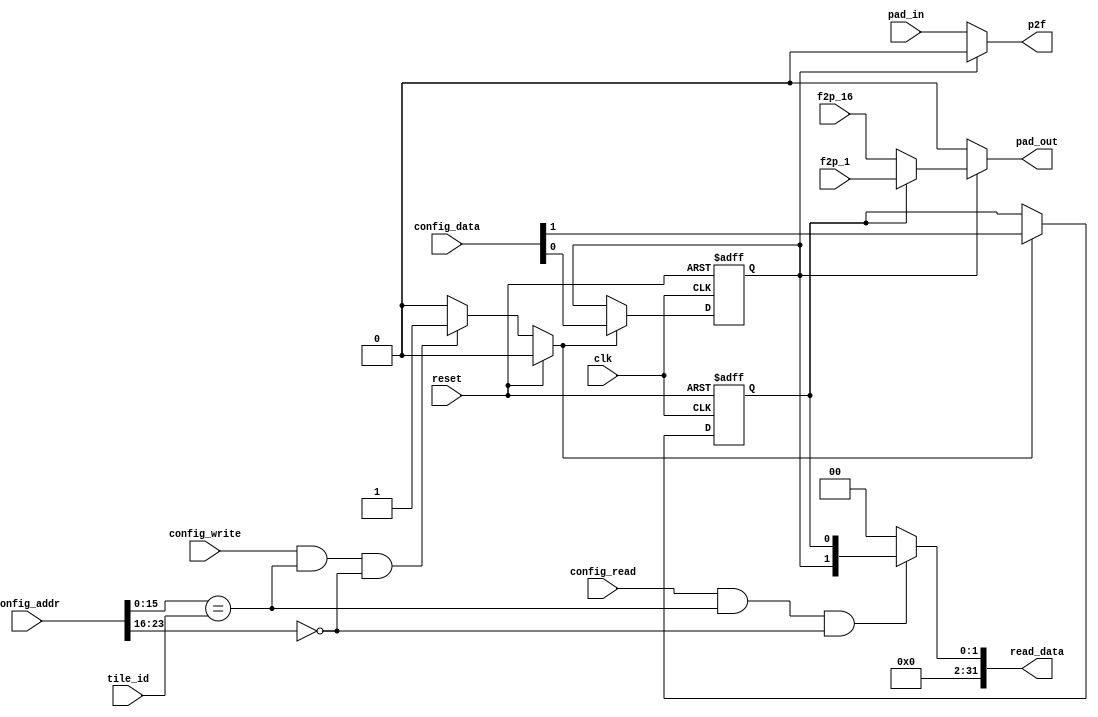
//
//--------------------------------------------------------------------------------
//          THIS FILE WAS AUTOMATICALLY GENERATED BY THE GENESIS2 ENGINE        
//  FOR MORE INFORMATION: OFER SHACHAM (CHIP GENESIS INC / STANFORD VLSI GROUP)
//    !! THIS VERSION OF GENESIS2 IS NOT FOR ANY COMMERCIAL USE !!
//     FOR COMMERCIAL LICENSE CONTACT SHACHAM@ALUMNI.STANFORD.EDU
//--------------------------------------------------------------------------------
//
//  
//	-----------------------------------------------
//	|            Genesis Release Info             |
//	|  $Change: 11904 $ --- $Date: 2013/08/03 $   |
//	-----------------------------------------------
//	
//
//  Source file: /horowitz/users/dhuff/CGRAGenerator/hardware/generator_z/io1bit/verilator_hack/io1bit.vp
//  Source template: io1bit
//
// --------------- Begin Pre-Generation Parameters Status Report ---------------
//
//	From 'generate' statement (priority=5):
// Parameter side 	= 3
// Parameter io_group 	= 2
//
//		---- ---- ---- ---- ---- ---- ---- ---- ---- ---- ----
//
//	From Command Line input (priority=4):
//
//		---- ---- ---- ---- ---- ---- ---- ---- ---- ---- ----
//
//	From XML input (priority=3):
//
//		---- ---- ---- ---- ---- ---- ---- ---- ---- ---- ----
//
//	From Config File input (priority=2):
//
// ---------------- End Pre-Generation Pramameters Status Report ----------------

// io_group (_GENESIS2_INHERITANCE_PRIORITY_) = 2
//
// side (_GENESIS2_INHERITANCE_PRIORITY_) = 3
//


module io1bit_unq4 (
  clk, 
  reset,

  // breakout for verilator
  //pad,
  pad_in,
  pad_out,

  p2f,
  f2p_16,
  f2p_1,
  config_addr,
  config_data,
  config_write,
  config_read,
  tile_id,
  read_data
);

  /* verilator lint_off UNUSED */
  input  clk;
  input  reset;

  // breakout for verilator
  //inout  pad;
  input  pad_in;
  output pad_out;

  output p2f;
  input f2p_16;
  input f2p_1;
  input [31:0] config_data;
  input [31:0] config_addr;
  input config_read;
  input config_write;
  input [15:0] tile_id;
  output reg [31:0] read_data;
  /* verilator lint_on UNUSED */



  reg config_en;
  always @(*) begin
    if (reset) begin
       config_en = 1'b0;
    end else begin
       if (config_write&&(config_addr[15:0]==tile_id)&&(config_addr[23:16]==8'd0)) begin
         config_en = 1'b1;
       end else begin
         config_en = 1'b0;
       end
    end
  end

  reg io_bit;
  reg out_bus;
  always @(posedge clk or posedge reset) begin
    if (reset==1'b1) begin
       io_bit = 1'b0;
       out_bus = 1'b0;
    end else begin
       if (config_en==1'b1) begin
         io_bit = config_data[0];
         out_bus = config_data[1];
       end
    end
  end

  always @(*) begin
    if(config_read&&(config_addr[15:0]==tile_id)&&(config_addr[23:16]==8'd0)) begin
	read_data = {io_bit, out_bus};
    end
    else begin
	read_data = 'h0;
    end
  end

  assign pad_out = (io_bit==1'b1) ? ((out_bus==1'b0)?f2p_16:f2p_1) : 1'b0;
  assign p2f     = (io_bit==1'b1) ?            1'b0                : pad_in;

endmodule